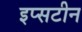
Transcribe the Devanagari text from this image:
इप्सटीन